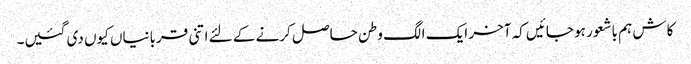
کاش ہم باشعور ہو جائیں کہ آخر ایک الگ وطن حاصل کرنے کے لئے اتنی قربانیاں کیوں دی گئیں۔